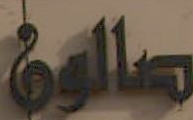
صالون